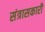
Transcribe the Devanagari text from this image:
संत्रासकारी